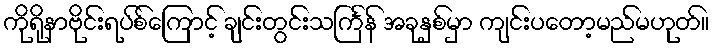
ကိုရိုနာဗိုင်းရပ်စ်ကြောင့် ချင်းတွင်းသင်္ကြန် အခုနှစ်မှာ ကျင်းပတော့မည်မဟုတ်။